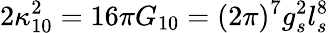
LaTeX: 2\kappa_{10}^{2}=16\pi G_{10}=(2\pi)^{7}g_{s}^{2}l_{s}^{8}